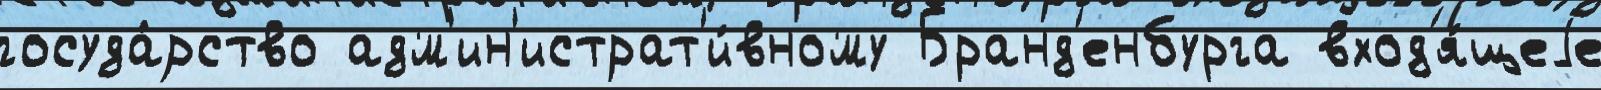
госуда́рство адм'ин'истрат'и́вному Бранд'енбурга вход'я́щеjе